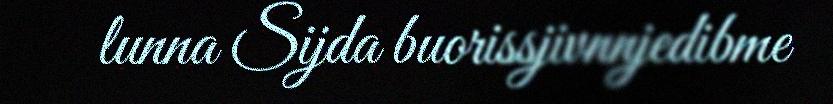
lunna Sijda buorissjivnnjedibme